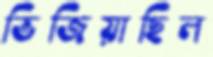
ভিজিয়াছিল